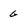
Character: g